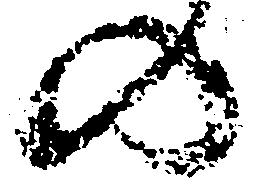
の